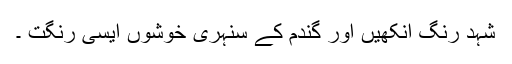
شہد رنگ آنکھیں اور گندم کے سنہری خوشوں ایسی رنگت ۔